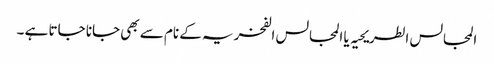
المجالس الطریحیہ یا المجالس الفخریہ کے نام سے بھی جانا جاتا ہے ۔